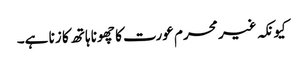
کیونکہ غیر محرم عورت کا چھونا ہاتھ کا زنا ہے۔